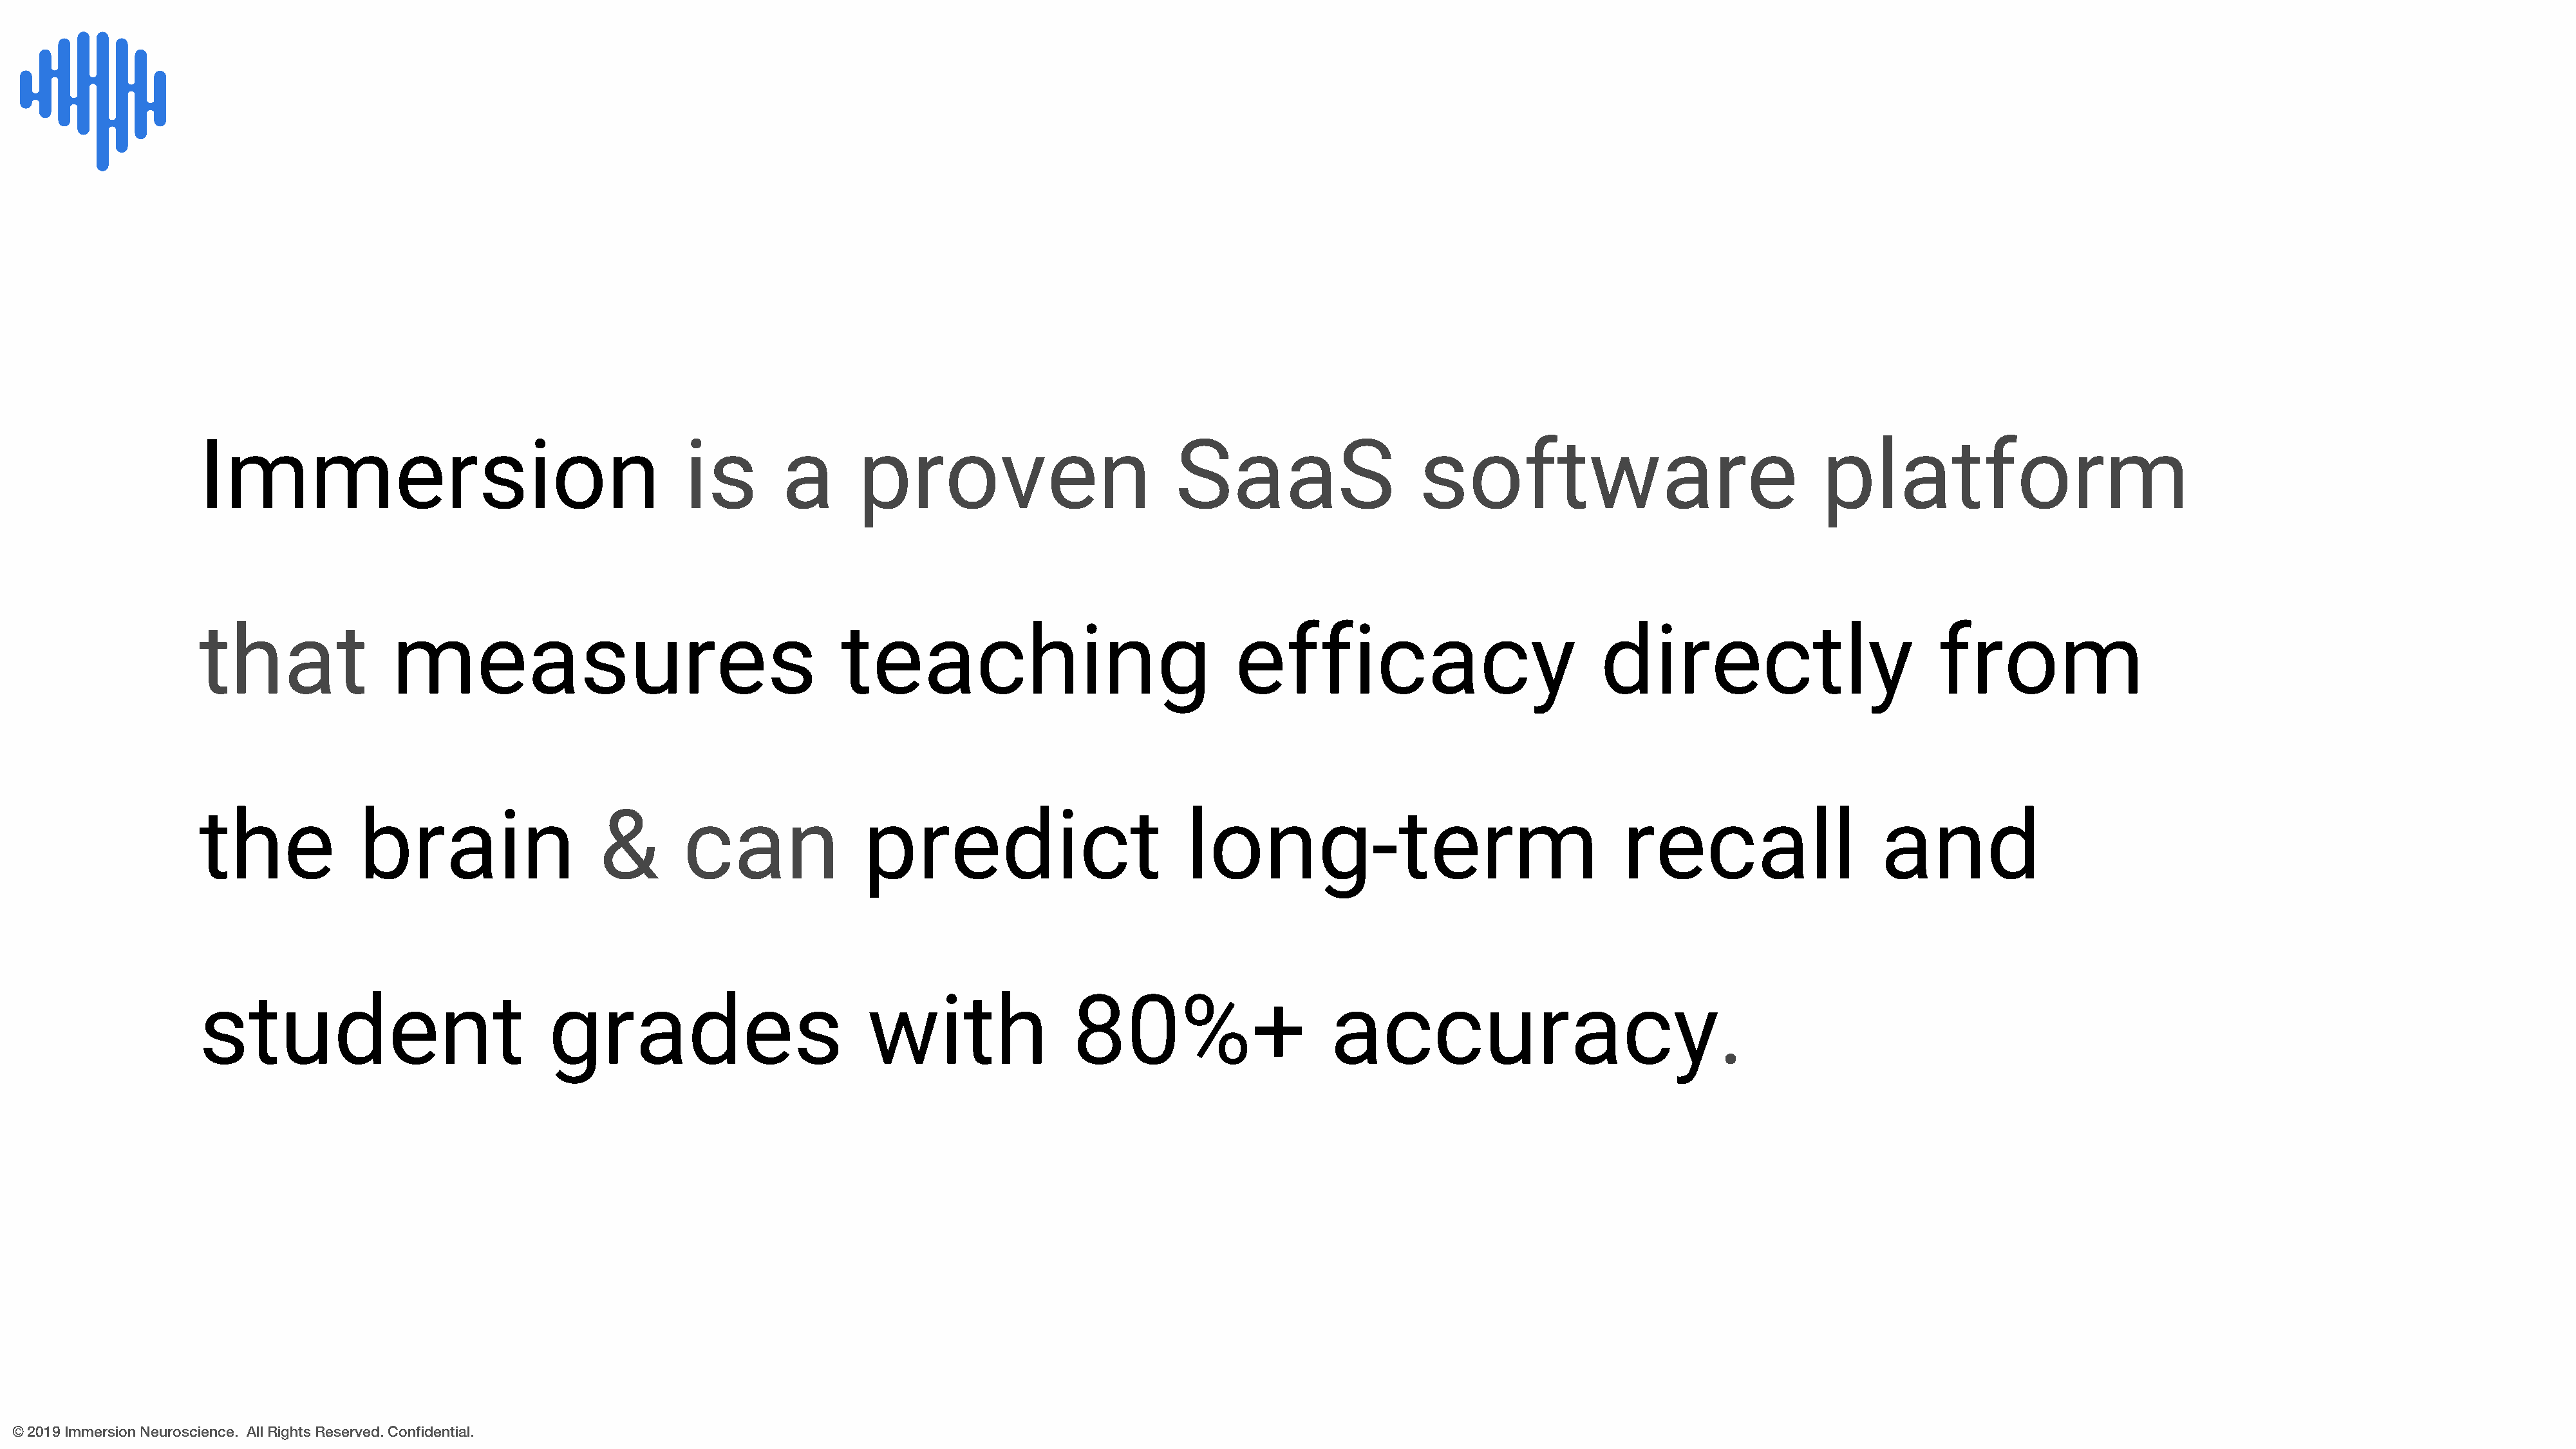
Immersion                                         is        a       proven                           SaaS                     software                                 platform
 that                measures                                      teaching                                 efficacy                              directly                          from
 the              brain                    &       can                predict                          long-term                                    recall                    and
 student                             grades                           with                 80%+                       accuracy.
 © 2019 Immersion Neuroscience. All Rights Reserved. Confidential.